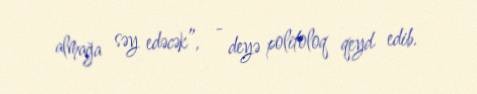
almağa səy edəcək”, - deyə politoloq qeyd edib.